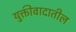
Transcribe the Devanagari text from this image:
युक्तीवादातील